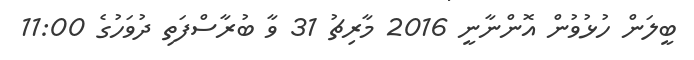
ބީލަން ހުޅުވުން އޮންނާނީ 2016 މާރިޗު 31 ވާ ބުރާސްފަތި ދުވަހުގެ 11:00